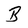
Character: B